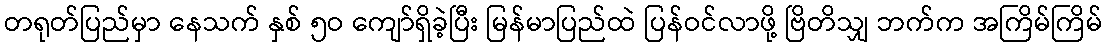
တရုတ်ပြည်မှာ နေသက် နှစ် ၅ဝ ကျော်ရှိခဲ့ပြီး မြန်မာပြည်ထဲ ပြန်ဝင်လာဖို့ ဗြိတိသျှ ဘက်က အကြိမ်ကြိမ်